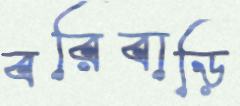
বরিবাড়ি